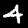
Label: 4